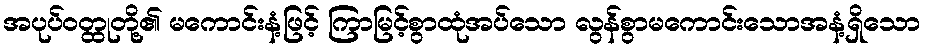
အပုပ်ဝတ္ထုတို့၏ မကောင်းနံ့ဖြင့် ကြာမြင့်စွာထုံအပ်သော လွန်စွာမကောင်းသောအနံ့ရှိသော